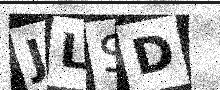
Text: JLSD